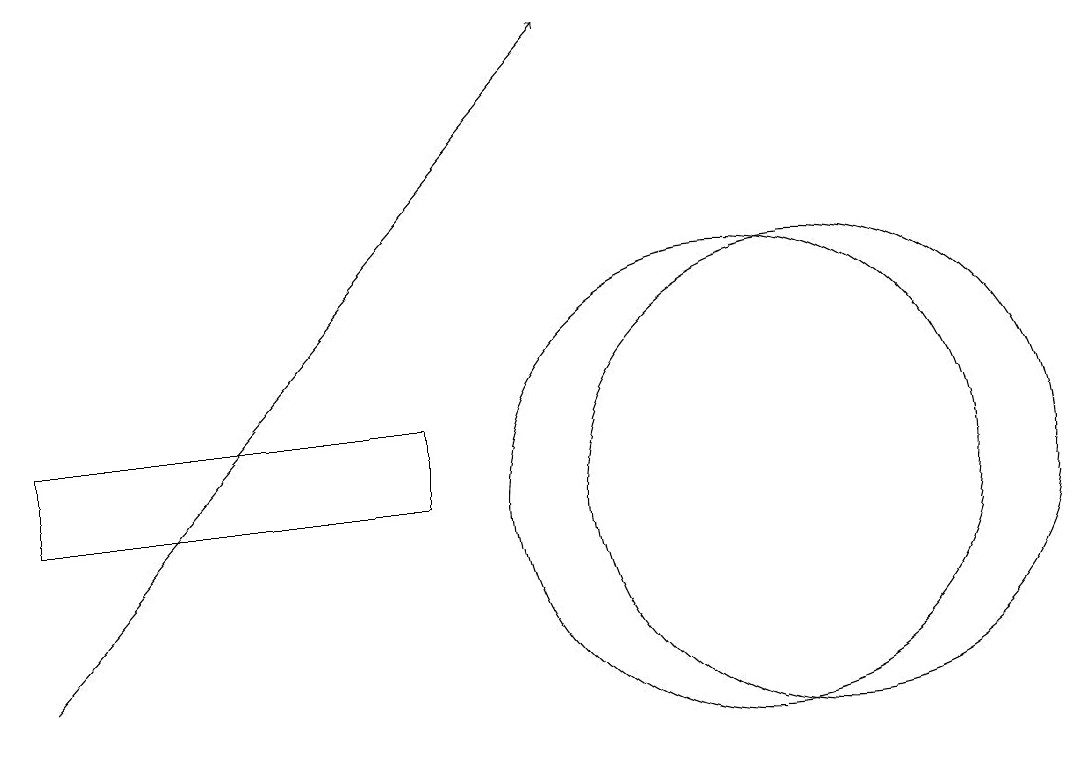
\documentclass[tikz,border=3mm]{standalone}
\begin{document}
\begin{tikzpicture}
\draw (11,12) circle (3);
\draw (1,12) rectangle (6,13);
\draw (10,12) circle (3);
\draw (10,10) circle (0);
\draw[->] (1,10) -- (8,18);
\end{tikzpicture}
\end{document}